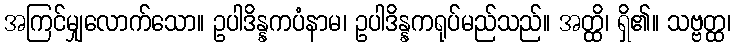
အကြင်မျှလောက်သော။ ဥပါဒိန္နကပံနာမ၊ ဥပါဒိန္နကရုပ်မည်သည်။ အတ္ထိ၊ ရှိ၏။ သဗ္ဗတ္ထ၊